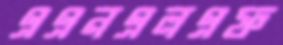
এএনএলএফ